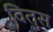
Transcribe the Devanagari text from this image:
वितुस